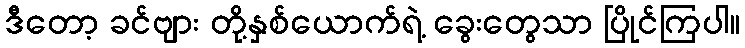
ဒီတော့ ခင်ဗျား တို့နှစ်ယောက်ရဲ့ ခွေးတွေသာ ပြိုင်ကြပါ။